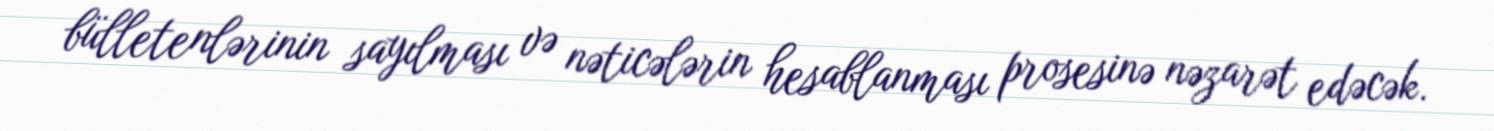
bülletenlərinin sayılması və nəticələrin hesablanması prosesinə nəzarət edəcək.